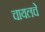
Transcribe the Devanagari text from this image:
चायलचे